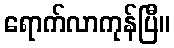
ရောက်လာကုန်ပြီ။